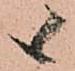
候